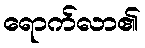
ရောက်လာ၏